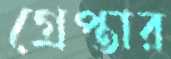
গ্রেপ্তার